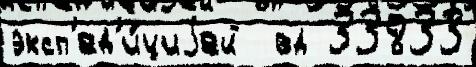
эксп'ед'и́циjей  вд 33833